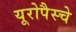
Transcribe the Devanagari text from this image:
यूरोपैस्चे